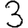
Digit: 3